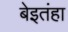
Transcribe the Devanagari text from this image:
बेइतंहा